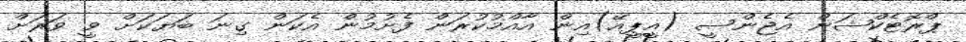
ޕްރޮޓެކްޝަން އެޖެންސީ (އީޕީއޭ)އިން އާއްމުކުރަން ފެށުމުން އެކަން ގިނަ ބަޔަކަށް ވީ ވަރަށް